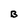
Character: B